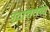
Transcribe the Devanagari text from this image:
उदात्ततव्य